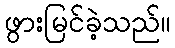
ဖွားမြင်ခဲ့သည်။